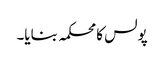
پولس کا محکمہ بنایا۔